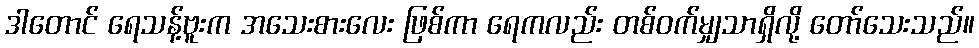
ဒါတောင် ရေသန့်ဗူးက အသေးစားလေး ဖြစ်ကာ ရေကလည်း တစ်ဝက်မျှသာရှိလို့ တော်သေးသည်။